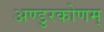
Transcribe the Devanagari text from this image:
अण्डुरकोणम्